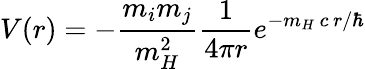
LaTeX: V(r)=-{\frac{m_{i}m_{j}}{m_{H}^{2}}}{\frac{1}{4\pi r}}e^{-m_{H}\, c\, r/\hbar}